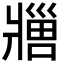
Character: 𬌊